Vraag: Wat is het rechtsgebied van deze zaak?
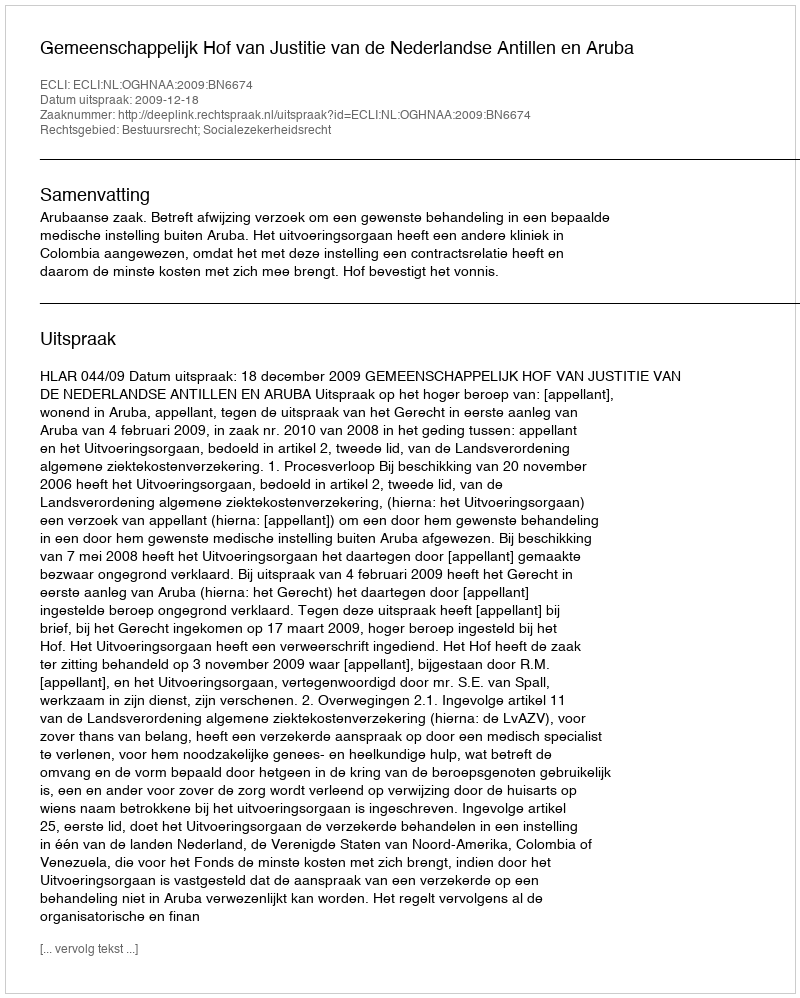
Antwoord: Bestuursrecht; Socialezekerheidsrecht